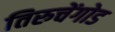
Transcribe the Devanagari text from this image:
तिरुचेंगोड